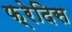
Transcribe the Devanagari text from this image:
फ़्रेदिस